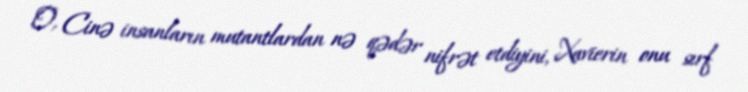
O, Cinə insanların mutantlardan nə qədər nifrət etdiyini, Xavierin onu sırf